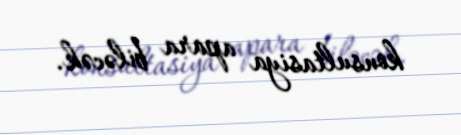
konsultasiya apara biləcək.